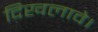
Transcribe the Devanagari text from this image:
दिखलावे।